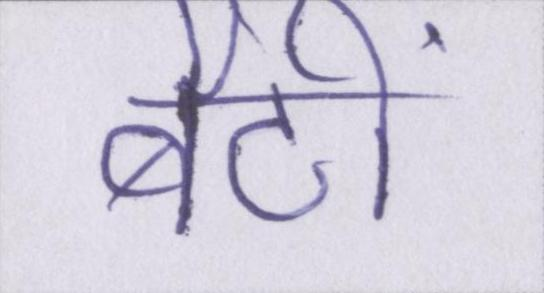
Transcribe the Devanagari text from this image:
बैठीं